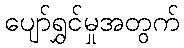
ပျော်ရွှင်မှုအတွက်